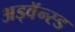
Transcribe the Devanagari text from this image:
अड्वॅन्स्ड